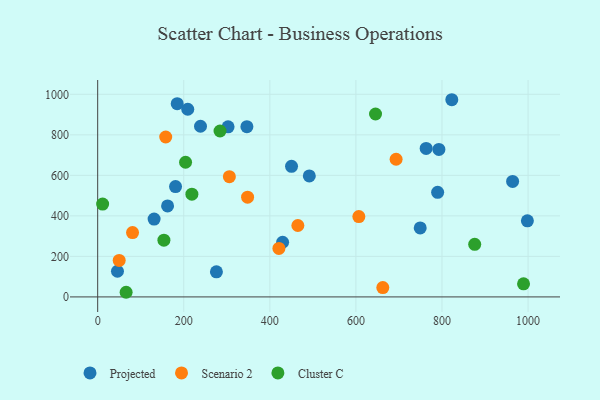
{"axis": {"x": "Investment", "y": "Sales"}, "legend": ["Cluster C", "Projected", "Scenario 2"], "data": [{"x": "238.9", "y": 842.3, "type": "Projected"}, {"x": "275.9", "y": 124.0, "type": "Projected"}, {"x": "749.4", "y": 340.4, "type": "Projected"}, {"x": "450.4", "y": 644.4, "type": "Projected"}, {"x": "822.8", "y": 973.3, "type": "Projected"}, {"x": "46.0", "y": 126.7, "type": "Projected"}, {"x": "209.3", "y": 926.2, "type": "Projected"}, {"x": "429.7", "y": 269.7, "type": "Projected"}, {"x": "964.1", "y": 570.0, "type": "Projected"}, {"x": "162.4", "y": 449.1, "type": "Projected"}, {"x": "346.7", "y": 840.1, "type": "Projected"}, {"x": "180.9", "y": 544.7, "type": "Projected"}, {"x": "763.2", "y": 732.8, "type": "Projected"}, {"x": "303.0", "y": 839.7, "type": "Projected"}, {"x": "131.1", "y": 384.1, "type": "Projected"}, {"x": "792.8", "y": 728.1, "type": "Projected"}, {"x": "184.8", "y": 953.9, "type": "Projected"}, {"x": "789.9", "y": 516.3, "type": "Projected"}, {"x": "998.4", "y": 375.8, "type": "Projected"}, {"x": "491.7", "y": 597.2, "type": "Projected"}, {"x": "693.4", "y": 679.6, "type": "Scenario 2"}, {"x": "158.1", "y": 789.4, "type": "Scenario 2"}, {"x": "421.1", "y": 239.1, "type": "Scenario 2"}, {"x": "465.1", "y": 352.6, "type": "Scenario 2"}, {"x": "606.8", "y": 396.6, "type": "Scenario 2"}, {"x": "306.0", "y": 593.4, "type": "Scenario 2"}, {"x": "81.0", "y": 317.5, "type": "Scenario 2"}, {"x": "348.3", "y": 492.1, "type": "Scenario 2"}, {"x": "662.5", "y": 45.9, "type": "Scenario 2"}, {"x": "50.0", "y": 179.9, "type": "Scenario 2"}, {"x": "153.9", "y": 280.1, "type": "Cluster C"}, {"x": "645.6", "y": 902.9, "type": "Cluster C"}, {"x": "284.3", "y": 818.9, "type": "Cluster C"}, {"x": "66.1", "y": 22.9, "type": "Cluster C"}, {"x": "218.9", "y": 507.3, "type": "Cluster C"}, {"x": "989.5", "y": 64.5, "type": "Cluster C"}, {"x": "11.5", "y": 458.2, "type": "Cluster C"}, {"x": "876.0", "y": 259.5, "type": "Cluster C"}, {"x": "204.2", "y": 664.6, "type": "Cluster C"}]}